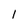
Character: l